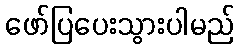
ဖော်ပြပေးသွားပါမည်